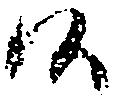
候